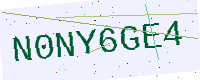
Text: N0NY6GE4